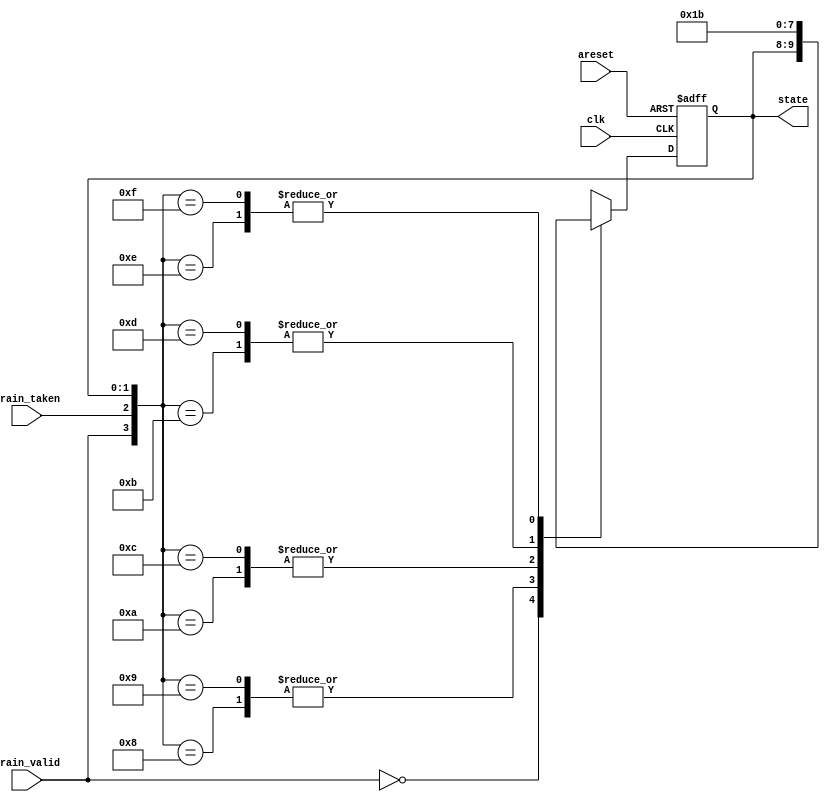
/*

Copyright 2022 Marc Ketel
SPDX-License-Identifier: Apache-2.0

*/

`default_nettype none

module top_module (
    input wire clk,
    input wire areset,
    input wire train_valid,
    input wire train_taken,
    output reg [1:0] state
);

  parameter STATE_SNT = 2'b00;
  parameter STATE_WNT = 2'b01;
  parameter STATE_WT = 2'b10;
  parameter STATE_ST = 2'b11;

  reg [1:0] next_state;

  //Determine next state.
  always @(*) begin
    casez ({
      train_valid, train_taken, state
    })
      {2'b0z, 2'bzz} : next_state = state;
      {2'b10, STATE_SNT} : next_state = STATE_SNT;
      {2'b10, STATE_WNT} : next_state = STATE_SNT;
      {2'b10, STATE_WT} : next_state = STATE_WNT;
      {2'b10, STATE_ST} : next_state = STATE_WT;
      {2'b11, STATE_SNT} : next_state = STATE_WNT;
      {2'b11, STATE_WNT} : next_state = STATE_WT;
      {2'b11, STATE_WT} : next_state = STATE_ST;
      {2'b11, STATE_ST} : next_state = STATE_ST;
      default: next_state = STATE_WNT;
    endcase
  end

  //State transition.
  always @(posedge clk, posedge areset) begin
    if (areset) state <= STATE_WNT;
    else if (clk) state <= next_state;
  end
endmodule